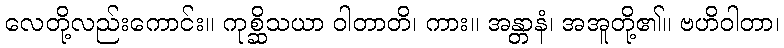
လေတို့လည်းကောင်း။ ကုစ္ဆိသယာ ဝါတာတိ၊ ကား။ အန္တာနံ၊ အအူတို့၏။ ဗဟိဝါတာ၊